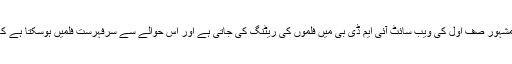
فلموں کے حوالے سے مشہور صف اول کی ویب سائٹ آئی ایم ڈی بی میں فلموں کی ریٹنگ کی جاتی ہے اور اس حوالے سے سرفہرست فلمیں ہوسکتا ہے کہ آپ نے دیکھی نہ ہوں۔